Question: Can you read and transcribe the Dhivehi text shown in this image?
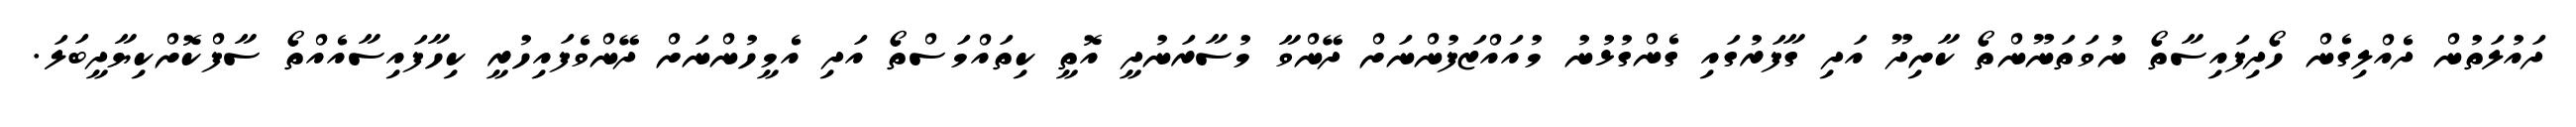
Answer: ދައުލަތުން ދެއްލިގެން ހޯދިފައިސާތޯ ނުވަތަނޫންތޯ ކާށިދޫ އަދި ގާފަރުގައި ގެންގުޅުނު މުއައްޒަފުންނަށް ދޭންވާ މުސާރަނުދީ އޮތީ ކިތައްމަސްތޯ އަދި އެމީހުންނަށް ދޭންވެފައިހުރީ ކިހާފައިސާއެއްތޯ ސާފްކޮށްކިޔާދީބަލަ.